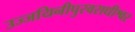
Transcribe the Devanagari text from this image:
उज्जयिनीपुरवराधीश्वर